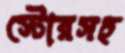
স্টোরসহ